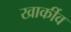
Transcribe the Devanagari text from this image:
खार्कीव